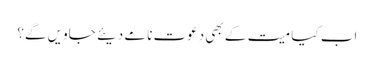
اب کیا میت کے بھی دعوت نامے دیئے جاویں گے؟